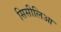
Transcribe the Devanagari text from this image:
सिसीलिआ